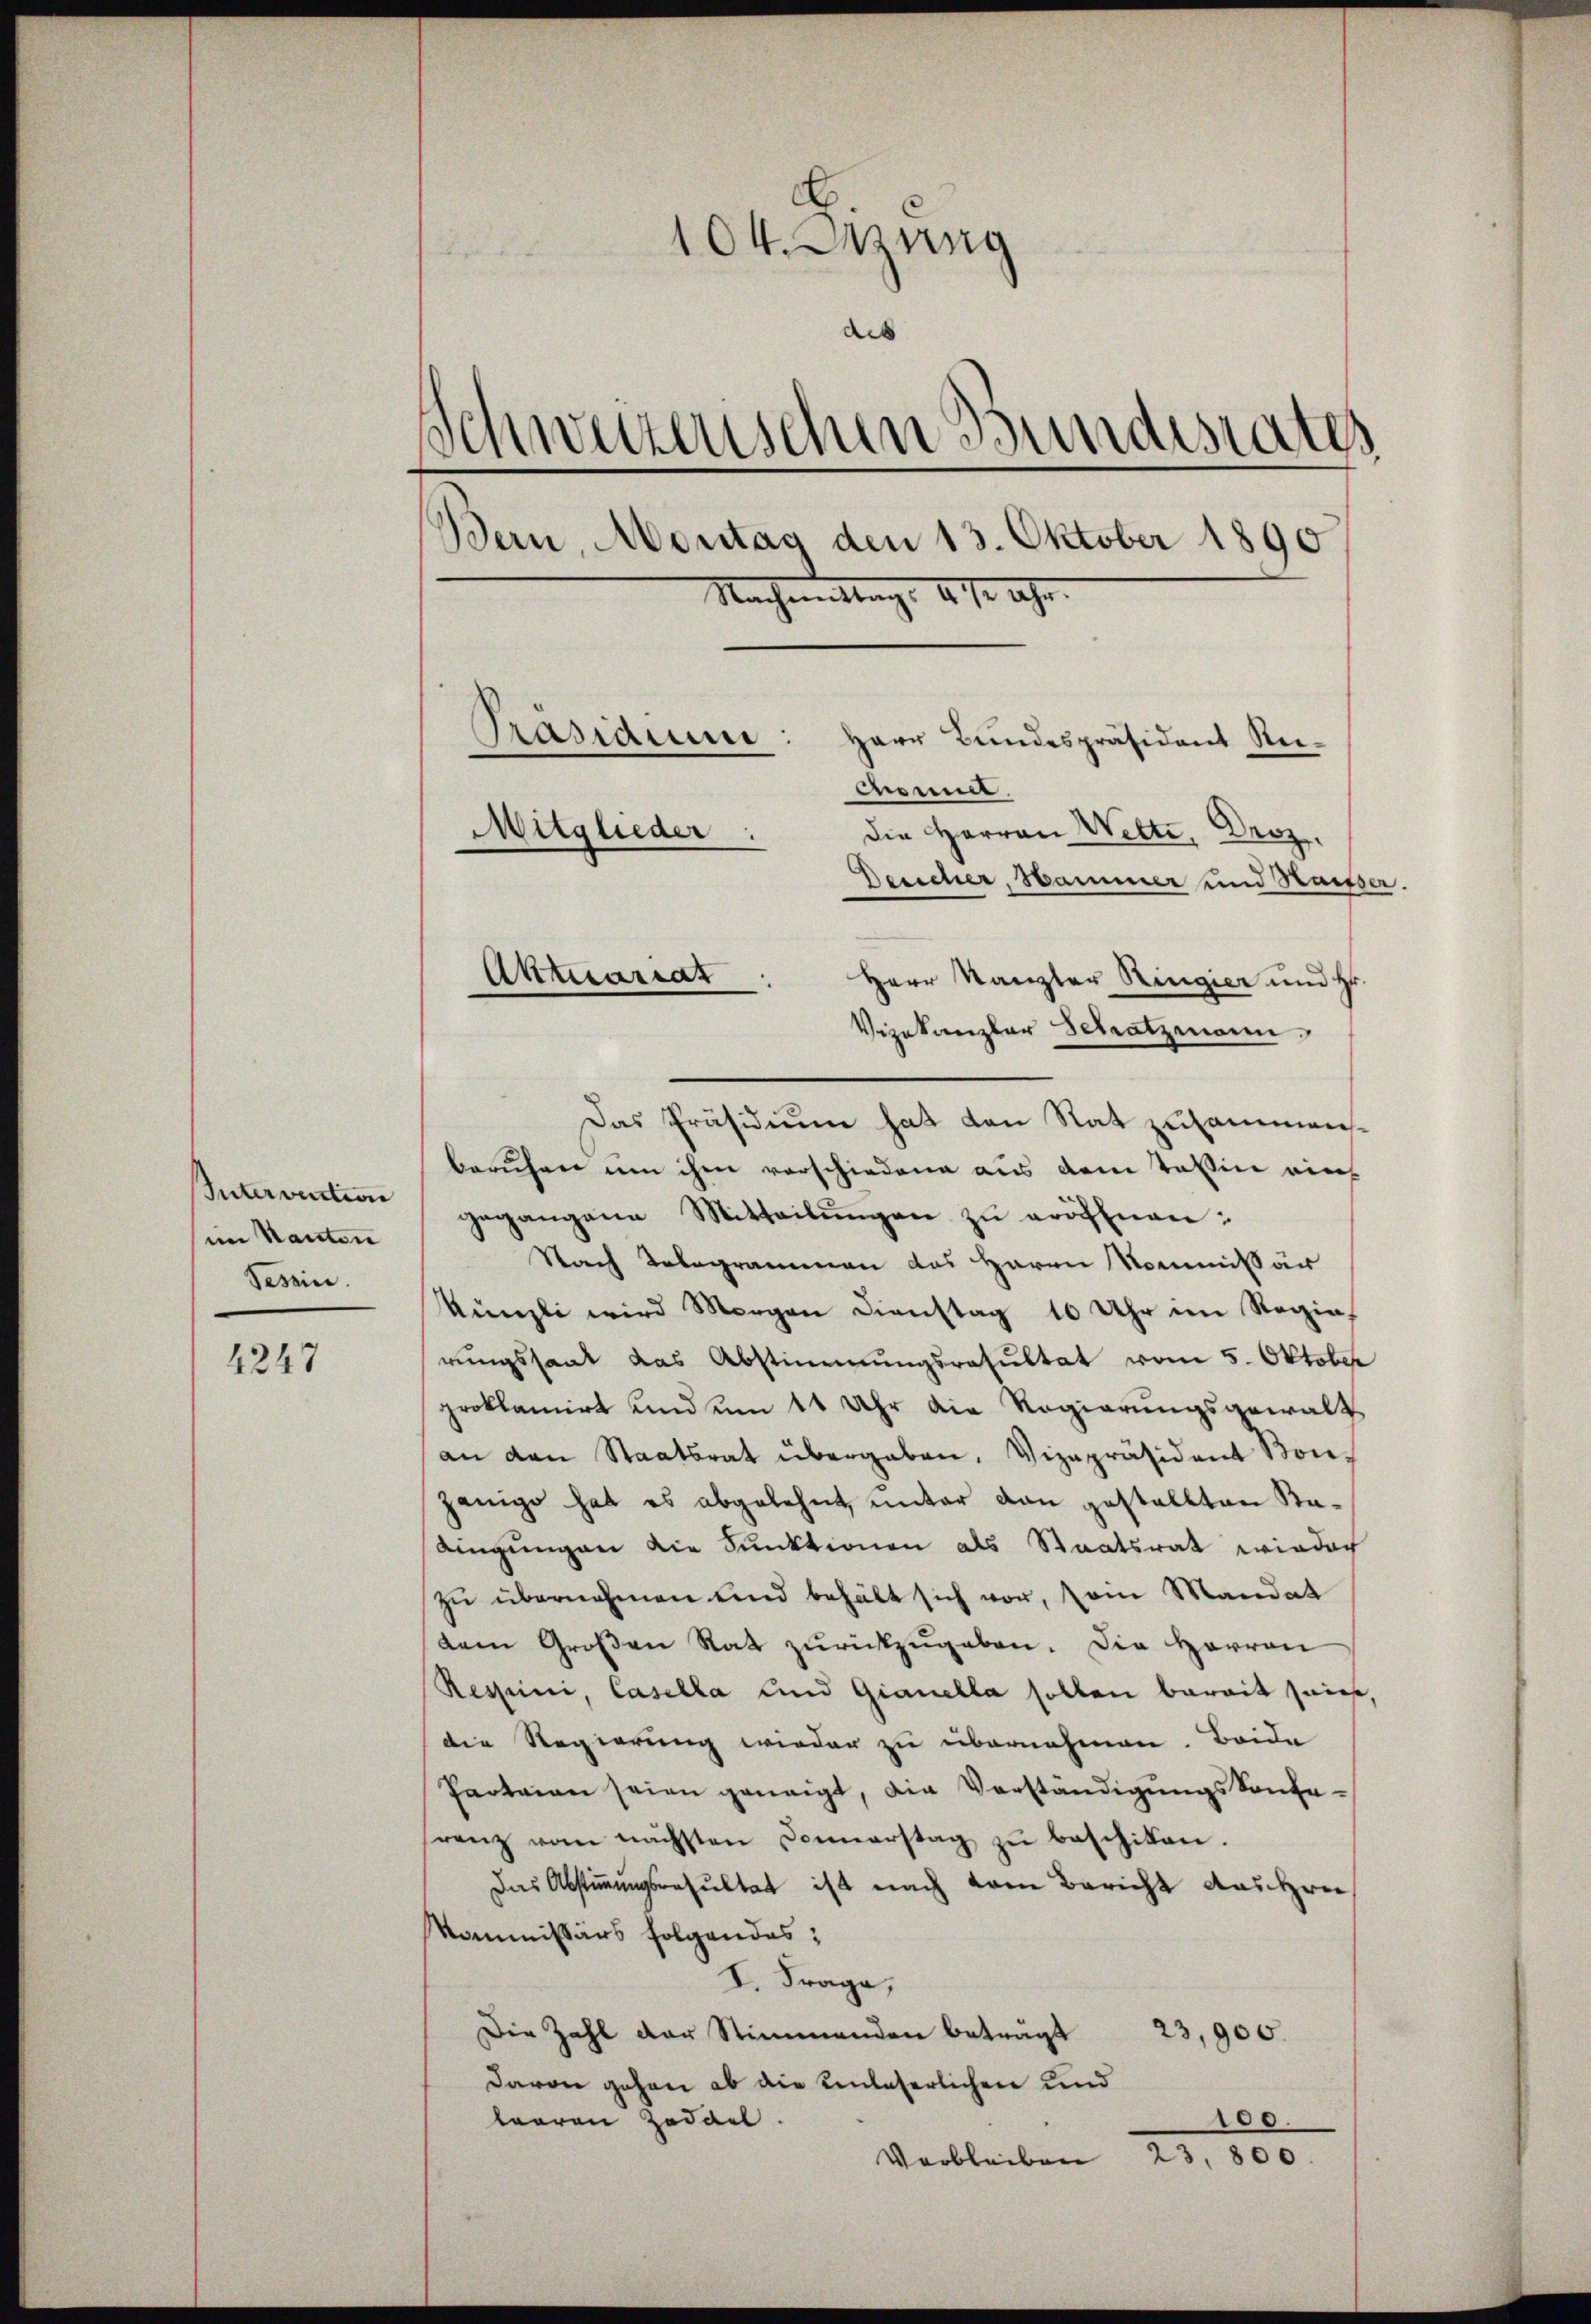
Sutervention
im Kanton
Sesein.
4247

104. Dezung
des
¬
Schwerzenschen Bundesrates
Bern, Montag den 13. Oktober 1890
Nachmittags 1 1/2 Uhr.
Pasidium
Herr Bundespräsident Reicronnel.
Mitglieder:
die Herren Wette, Droz.
Desscher, Hammer und Sausser.

Herr Kanzler Ringier und Hr.
Vizekanzler Schatzmann.
Das Präsidium hat den Rat zusammenberuhen um ihm vorschiedene aus dem Teßin ainh
gegangene Mitteilŭngen zŭ eröffnen:
Nach Telegrammen das Herrn Kommissär
Künzli wird Morgen Dienstag 10 Uhr im Regierŭngssaat das Abstimmungsresultat vom 5. Oktober
proklamirt und um 11 Uhr die Regierungsgewalt
an den Staatsrat übergaben. Vizepräsident Konjenige hat es abgelehnt, unter dan gestellten Kadingungen die Punktionen als Staatsrat wiedach
zu übernehmen und behält sich vor, Dein Mandat
dem Großen Rat zurückzugeben. Die Herren
Ressini, Casella und Gianella sollen bereit seies,
die Regierung wieder zu übernehmen. Beide
Parteien seien geneigt, die Verständigŭngskonferenz vom nächsten Connerstag zŭ beschiken.
Das Abstimmungsresultat ist nach vom Bericht Auschrei
kommissärs folgendes:
I. Frage,
Die Zahl der Stimmenden beträgt 23,900.
Davon gehen ob die Einlaserlichen und
100.
learen Zodael.
23,800.
Verbleiben

Aktuariat